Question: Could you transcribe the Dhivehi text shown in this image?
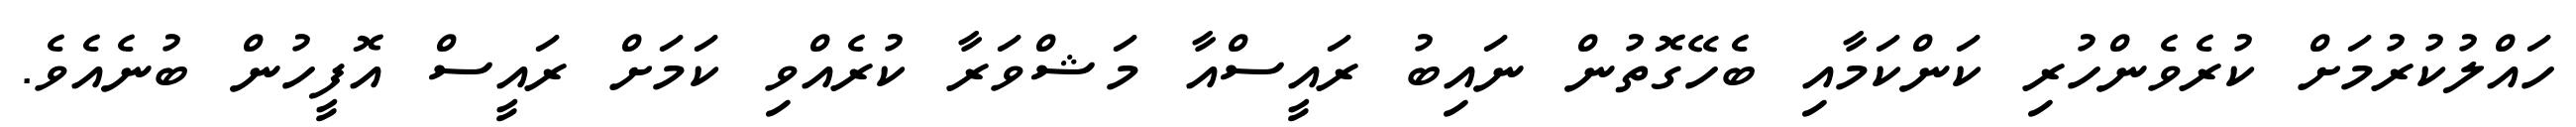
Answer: ހައްލުކުރުމަށް ކުރެވެންހުރި ކަންކަމާއި ބެހޭގޮތުން ނައިބު ރައީސްއާ މަޝްވަރާ ކުރެއްވި ކަމަށް ރައީސް އޮފީހުން ބުނެއެވެ.